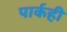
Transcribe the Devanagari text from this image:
पार्कही